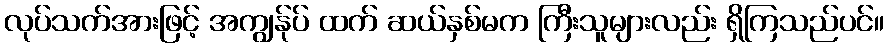
လုပ်သက်အားဖြင့် အကျွန်ုပ် ထက် ဆယ်နှစ်မက ကြီးသူများလည်း ရှိကြသည်ပင်။